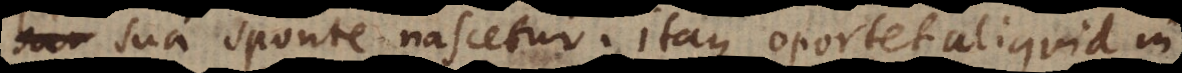
sua sponte nascetur. Itaque oportet aliquid in